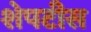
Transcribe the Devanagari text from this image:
शेपटीस